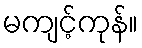
မကျင့်ကုန်။